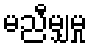
မညီမျှမှု